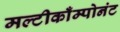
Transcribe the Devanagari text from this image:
मल्टीकाँम्पोनंट